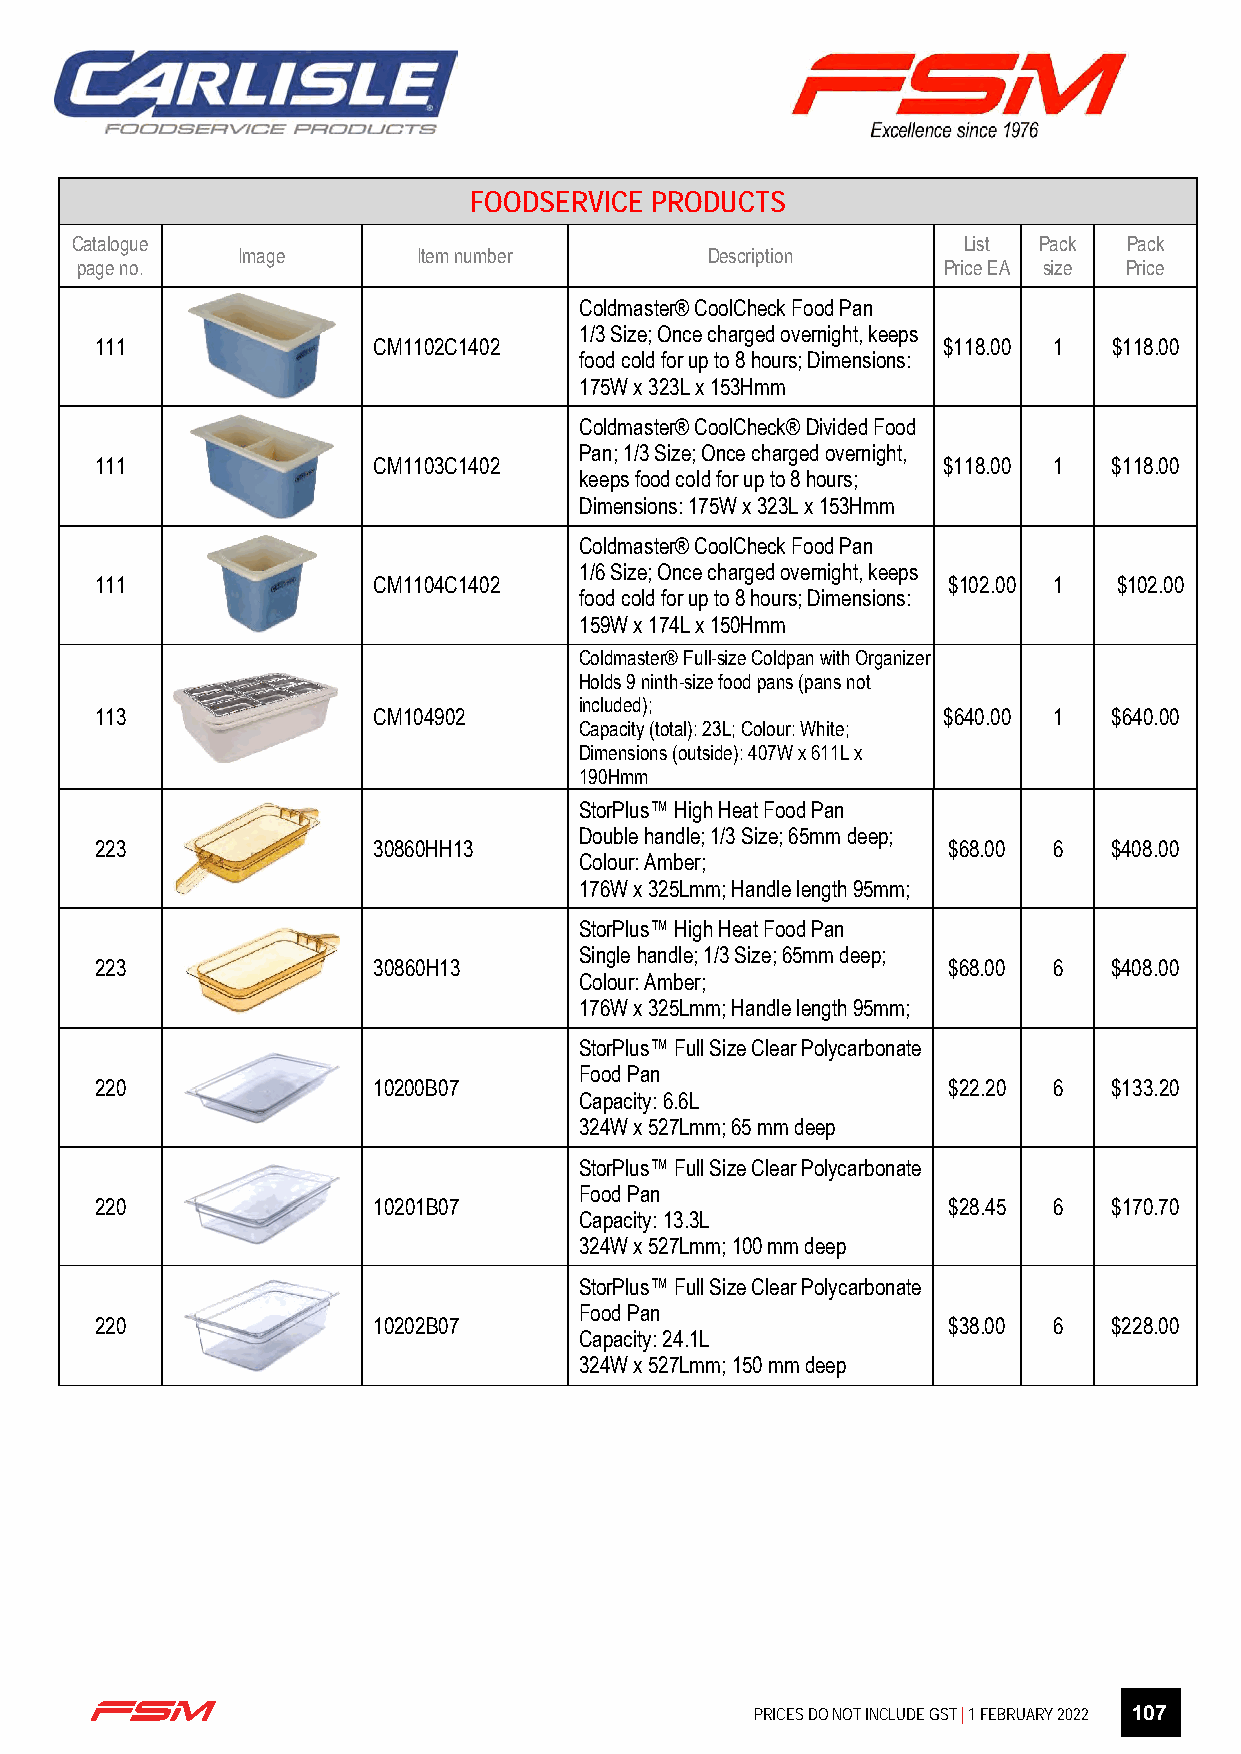
FOODSERVICE PRODUCTS
 Catalogue                                                  List Pack  Pack
 Image       Item number        Description
 page no.                                                 Price EA size Price
 Coldmaster® CoolCheck Food Pan
 1/3 Size; Once charged overnight, keeps
 111                CM1102C1402                          $118.00 1   $118.00
 food cold for up to 8 hours; Dimensions:
 175W x 323L x 153Hmm
 Coldmaster® CoolCheck® Divided Food
 Pan; 1/3 Size; Once charged overnight,
 111                CM1103C1402                          $118.00 1   $118.00
 keeps food cold for up to 8 hours;
 Dimensions: 175W x 323L x 153Hmm
 Coldmaster® CoolCheck Food Pan
 1/6 Size; Once charged overnight, keeps
 111                CM1104C1402                           $102.00 1  $102.00
 food cold for up to 8 hours; Dimensions:
 159W x 174L x 150Hmm
 Coldmaster® Full-size Coldpan with Organizer
 Holds 9 ninth-size food pans (pans not
 included);
 113                CM104902                             $640.00 1   $640.00
 Capacity (total): 23L; Colour: White;
 Dimensions (outside): 407W x 611L x
 190Hmm
 StorPlus™ High Heat Food Pan
 Double handle; 1/3 Size; 65mm deep;
 223                30860HH13                             $68.00 6   $408.00
 Colour: Amber;
 176W x 325Lmm; Handle length 95mm;
 StorPlus™ High Heat Food Pan
 Single handle; 1/3 Size; 65mm deep;
 223                30860H13                              $68.00 6   $408.00
 Colour: Amber;
 176W x 325Lmm; Handle length 95mm;
 StorPlus™ Full Size Clear Polycarbonate
 Food Pan
 220                10200B07                              $22.20 6   $133.20
 Capacity: 6.6L
 324W x 527Lmm; 65 mm deep
 StorPlus™ Full Size Clear Polycarbonate
 Food Pan
 220                10201B07                              $28.45 6   $170.70
 Capacity: 13.3L
 324W x 527Lmm; 100 mm deep
 StorPlus™ Full Size Clear Polycarbonate
 Food Pan
 220                10202B07                              $38.00 6   $228.00
 Capacity: 24.1L
 324W x 527Lmm; 150 mm deep
 Page 5 of 27
 PRICES DO NOT INCLUDE GST | 1 FEBRUARY 2022 107